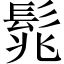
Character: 𩬱